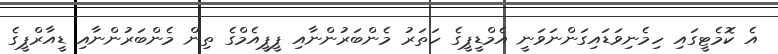
އެ ކޮމެޓީގައި ހިމެނިވަޑައިގަންނަވަނީ އެމްޑީޕީގެ ހަތަރު މެންބަރުންނާއި ޕީޕީއެމްގެ ތިން މެންބަރުންނާއި ޑީއާރްޕީގެ